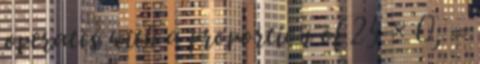
operates with a proportion of 25 × 0, =